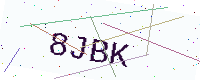
Text: 8JBK